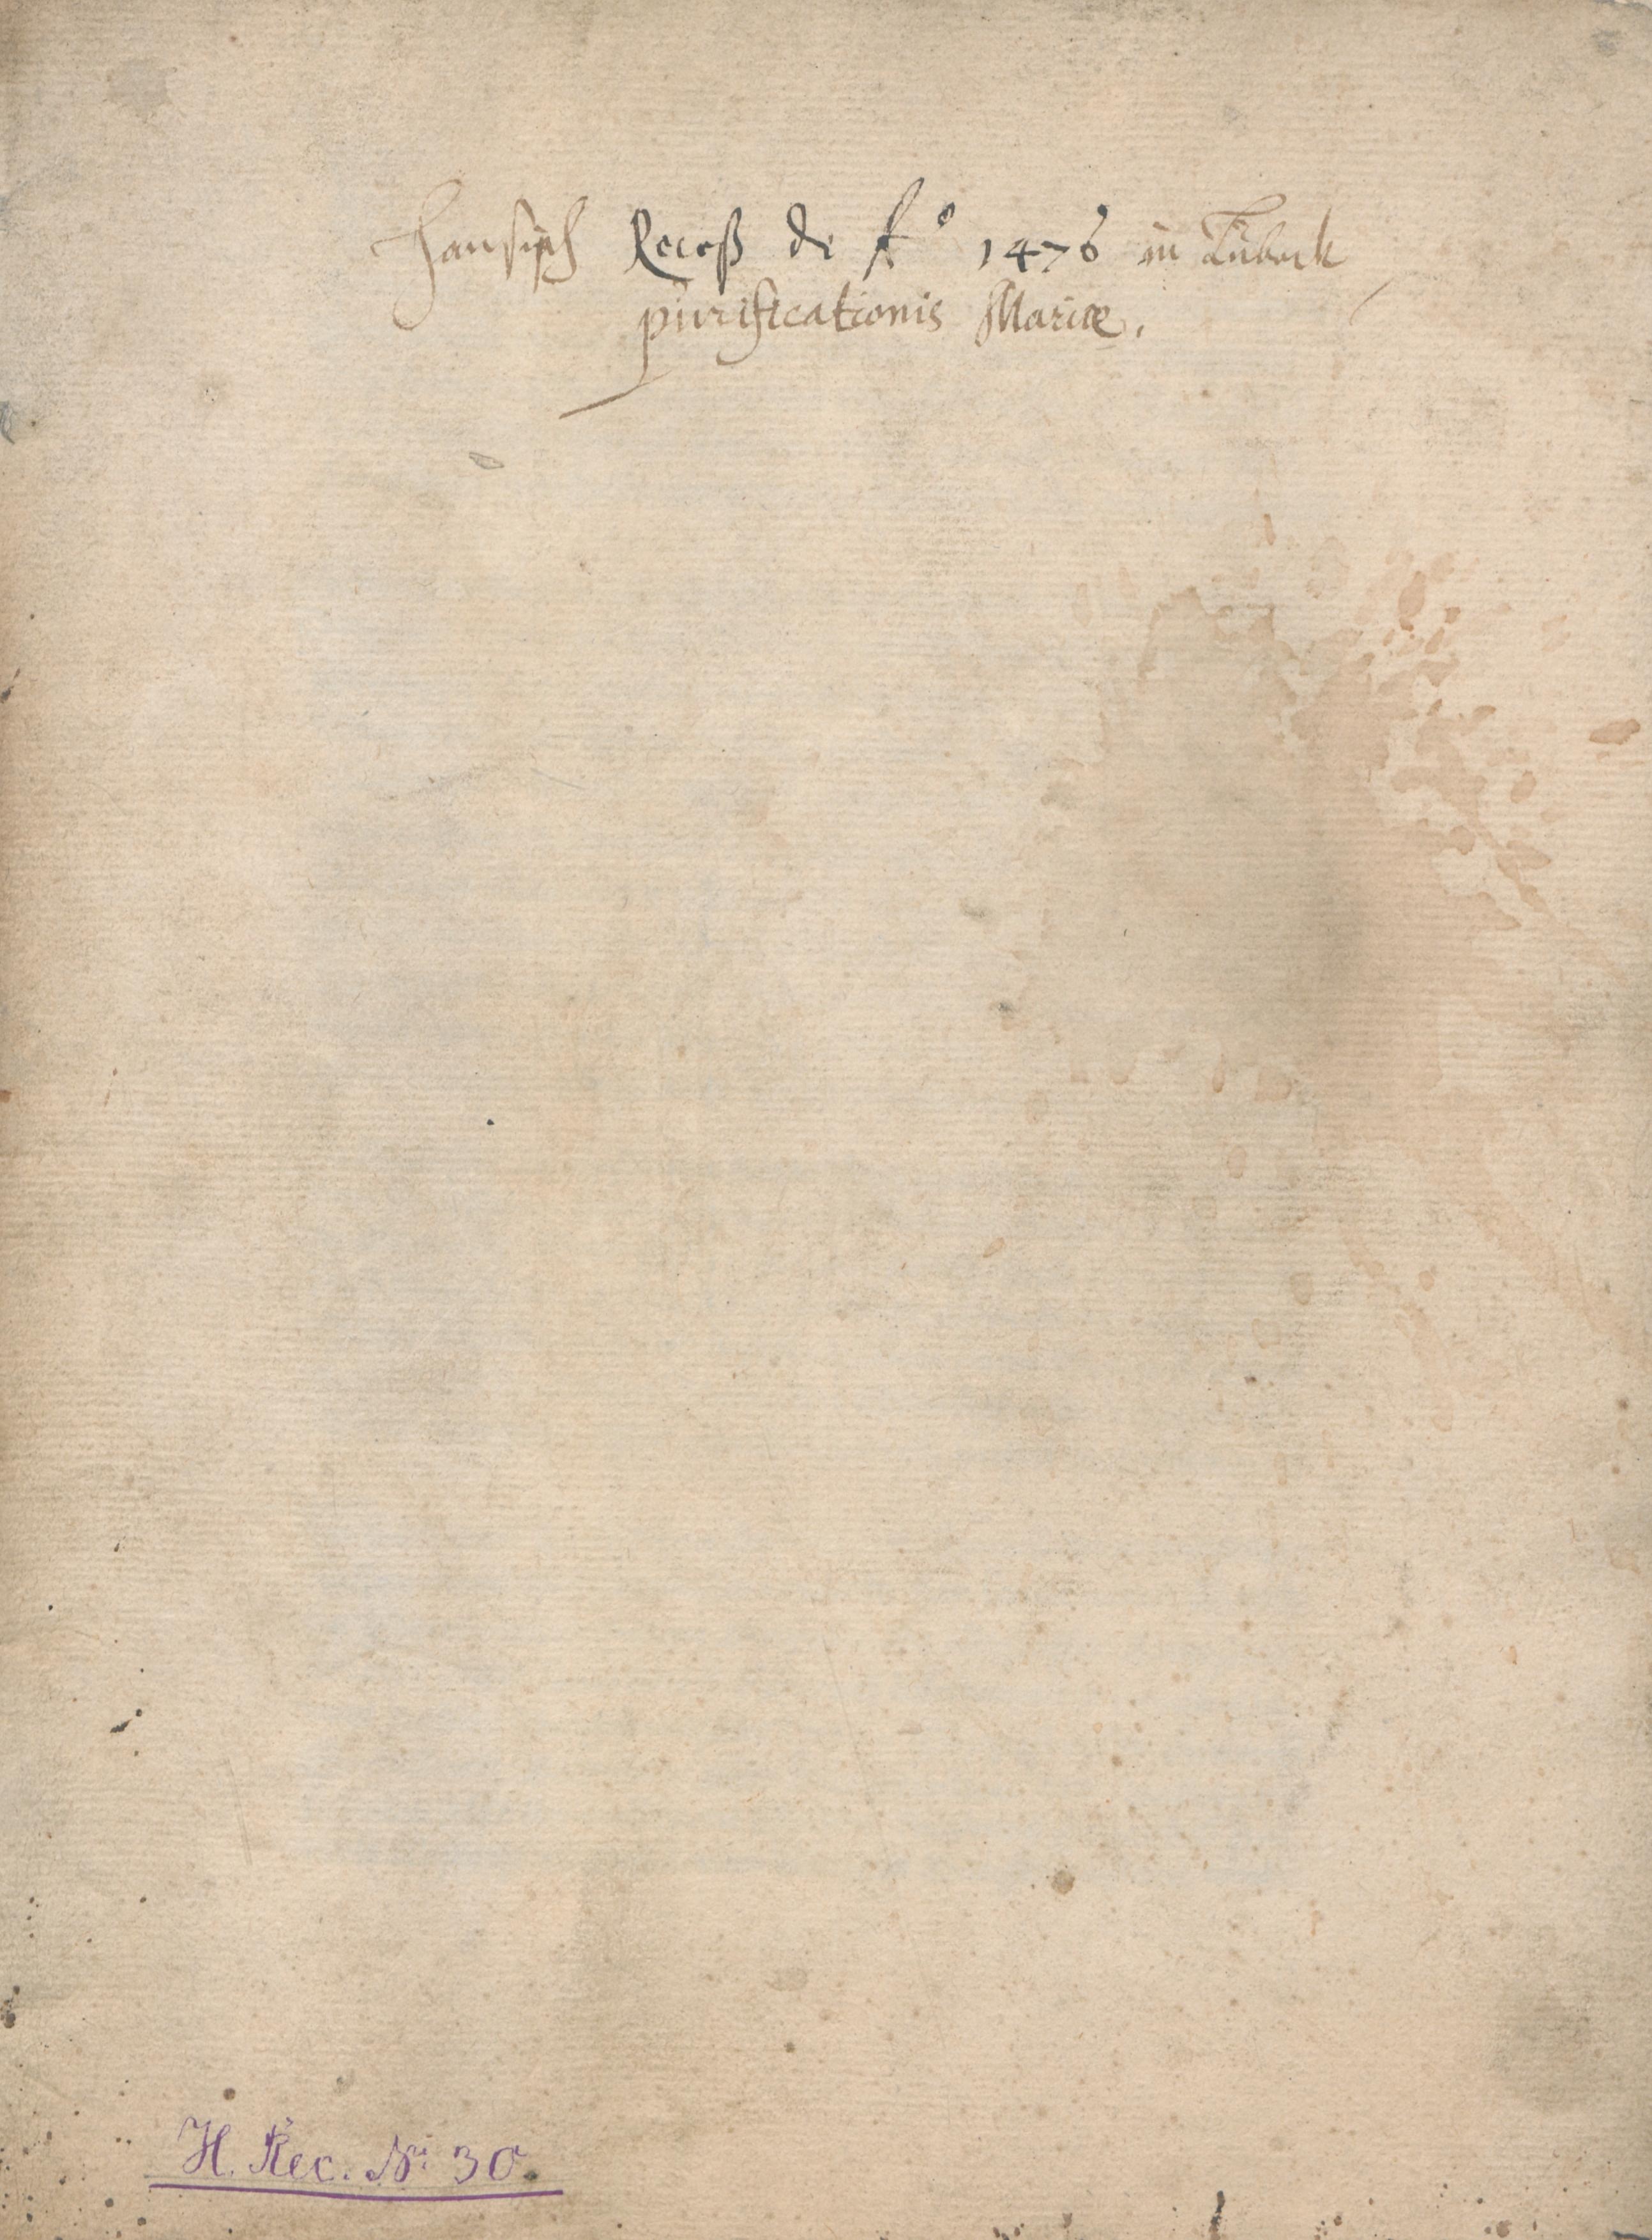
hansisch Receß de Anno 1476 in Lubeck
purificationis Mariae.